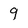
Character: 9